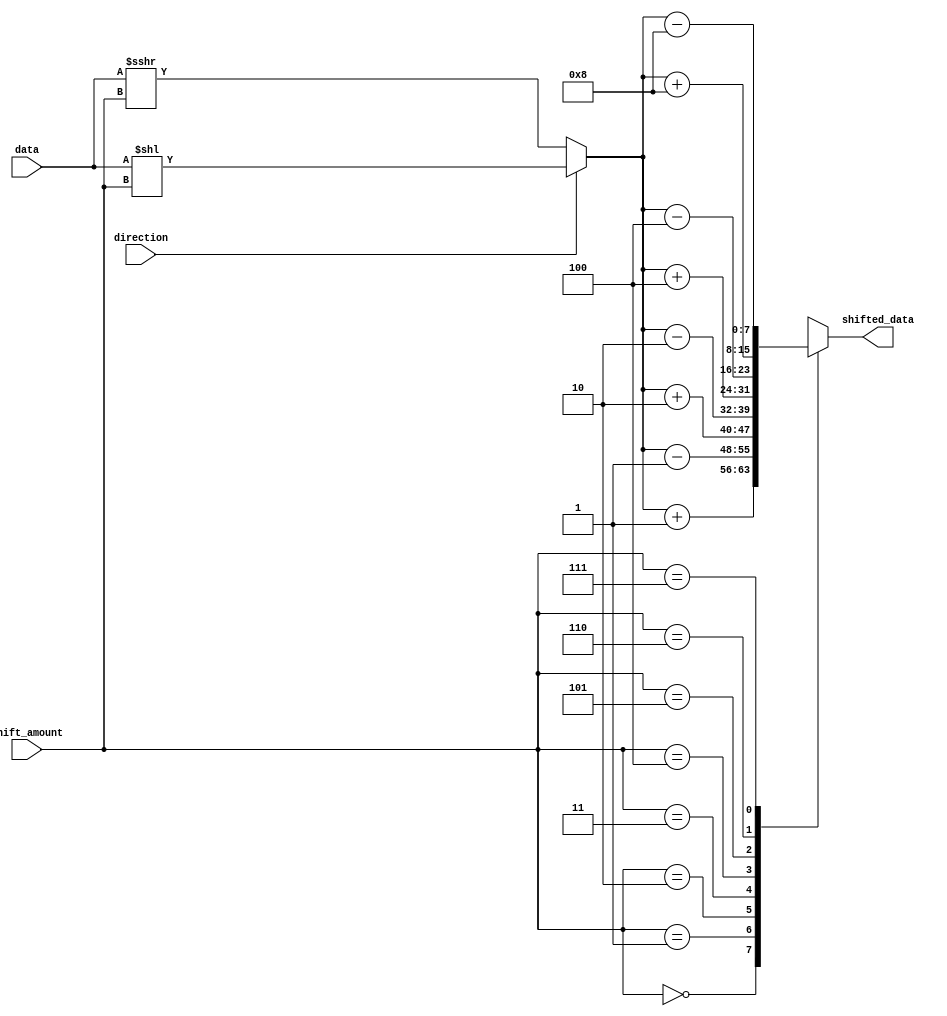
module Hybrid_Barrel_Shifter(
    input wire [7:0] data,
    input wire [2:0] shift_amount,
    input wire direction, // 0 for right shift, 1 for left shift
    output reg [7:0] shifted_data
);

reg [7:0] intermediate_data;

always @* begin
    if(direction == 0) begin
        intermediate_data = data >>> shift_amount; // Perform right shift
    end else begin
        intermediate_data = data << shift_amount; // Perform left shift
    end
end

always @* begin
    case(shift_amount)
        3'b000: shifted_data = intermediate_data + 8'h01;
        3'b001: shifted_data = intermediate_data - 8'h01;
        3'b010: shifted_data = intermediate_data + 8'h02;
        3'b011: shifted_data = intermediate_data - 8'h02;
        3'b100: shifted_data = intermediate_data + 8'h04;
        3'b101: shifted_data = intermediate_data - 8'h04;
        3'b110: shifted_data = intermediate_data + 8'h08;
        3'b111: shifted_data = intermediate_data - 8'h08;
    endcase
end

endmodule